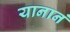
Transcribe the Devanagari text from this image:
यानानं